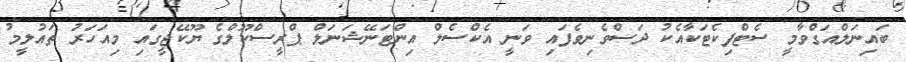
ބައިނަލްއަގްވާމީ ސެޓްފިކެޓަކާއެކު ދަސްވެނިވެފައި ވަނީ އެކްސެލް އިންޓަނޭޝަނަލް ޕްރީސްކޫލްގެ ޔޫކޭޖީގައި މިއަހަރު ތައުލީމު